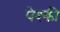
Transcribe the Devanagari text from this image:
पेश्की